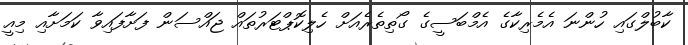
ކާބުލްގައި ހުންނަ އެމެރިކާގެ އެމްބަސީގެ ގޯތިތެރެއަށް ހެލިކޮޕްޓަރުތައް ޖައްސަން ފަށާފައިވާ ކަމަށާއި މިއީ